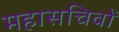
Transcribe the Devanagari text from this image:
महासचिवों